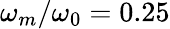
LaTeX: \omega_{m}/\omega_{0}=0.25